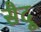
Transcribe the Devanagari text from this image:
सैदू